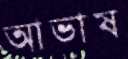
আভাষ